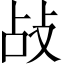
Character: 敁